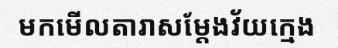
មកមើលតារាសម្តែងវ័យក្មេង